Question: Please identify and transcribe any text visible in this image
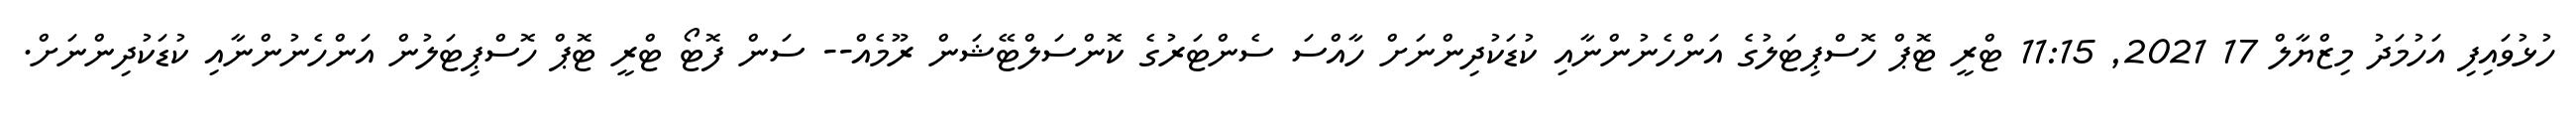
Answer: ހުޅުވައިފި އަހުމަދު މިޒްޔާލް 17 2021, 11:15 ޓްރީ ޓޮޕް ހޮސްޕިޓަލުގެ އަންހެނުންނާއި ކުޑަކުދިންނަށް ހާއްސަ ސެންޓަރުގެ ކޮންސަލްޓޭޝަން ރޫމެއް-- ސަން ފޮޓޯ ޓްރީ ޓޮޕް ހޮސްޕިޓަލުން އަންހެނުންނާއި ކުޑަކުދިންނަށް.